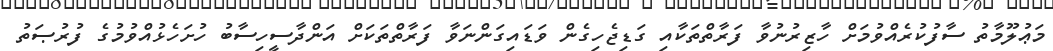
މަޢުލޫމާތު ސާފުކުރެއްވުމަށް ހާޒިރުނުވާ ފަރާތްތަކާއި ގަޑިޖެހިގެން ވަޑައިގަންނަވާ ފަރާތްތަކަށް އަންދާސީހިސާބު ހުށަހެޅުއްވުމުގެ ފުރުޞަތު